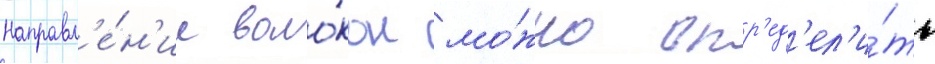
Направл'е́н'ие воло́кон мо́жно опр'ед'ел'и́ть